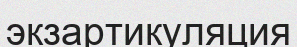
экзартикуляция